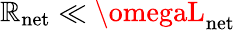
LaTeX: \mathbb{R}_{\mathrm{{net}}}\ll\omegaL_{\mathrm{{net}}}